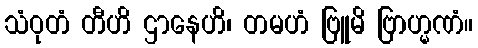
သံဝုတံ တီဟိ ဌာနေဟိ၊ တမဟံ ဗြူမိ ဗြာဟ္မဏံ။